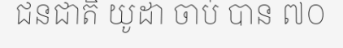
ជនជាតិ យូដា ចាប់ បាន ៧០